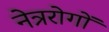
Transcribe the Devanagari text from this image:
नेत्ररोगों